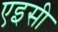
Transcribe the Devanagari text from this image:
एइसी